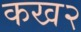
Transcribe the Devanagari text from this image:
कख२